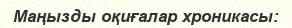
Маңызды оқиғалар хроникасы: